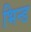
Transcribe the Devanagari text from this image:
भिन्ड